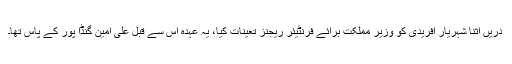
دریں اثنا شہریار آفریدی کو وزیر مملکت برائے فرنٹیئر ریجنز تعینات کیا، یہ عہدہ اس سے قبل علی امین گنڈا پور کے پاس تھا۔